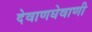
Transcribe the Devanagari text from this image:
देवाणघेवाणी